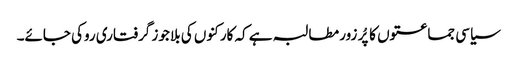
سیاسی جماعتوں کا پُر زور مطالبہ ہے کہ کارکنوں کی بلا جوز گرفتاری روکی جائے۔